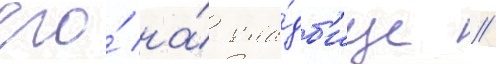
его́ на́ кла́дб'ище //